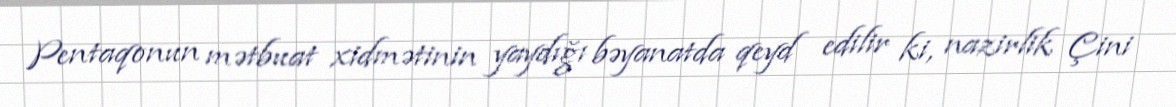
Pentaqonun mətbuat xidmətinin yaydığı bəyanatda qeyd edilir ki, nazirlik Çini